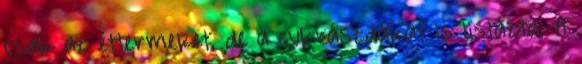
csak az éttermeket, de a cukrászdákat is listázta. A